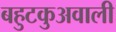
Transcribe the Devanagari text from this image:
बहुटकुअवाली